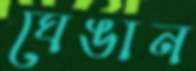
ঘেঙান